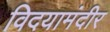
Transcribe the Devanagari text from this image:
विदयामंदीर